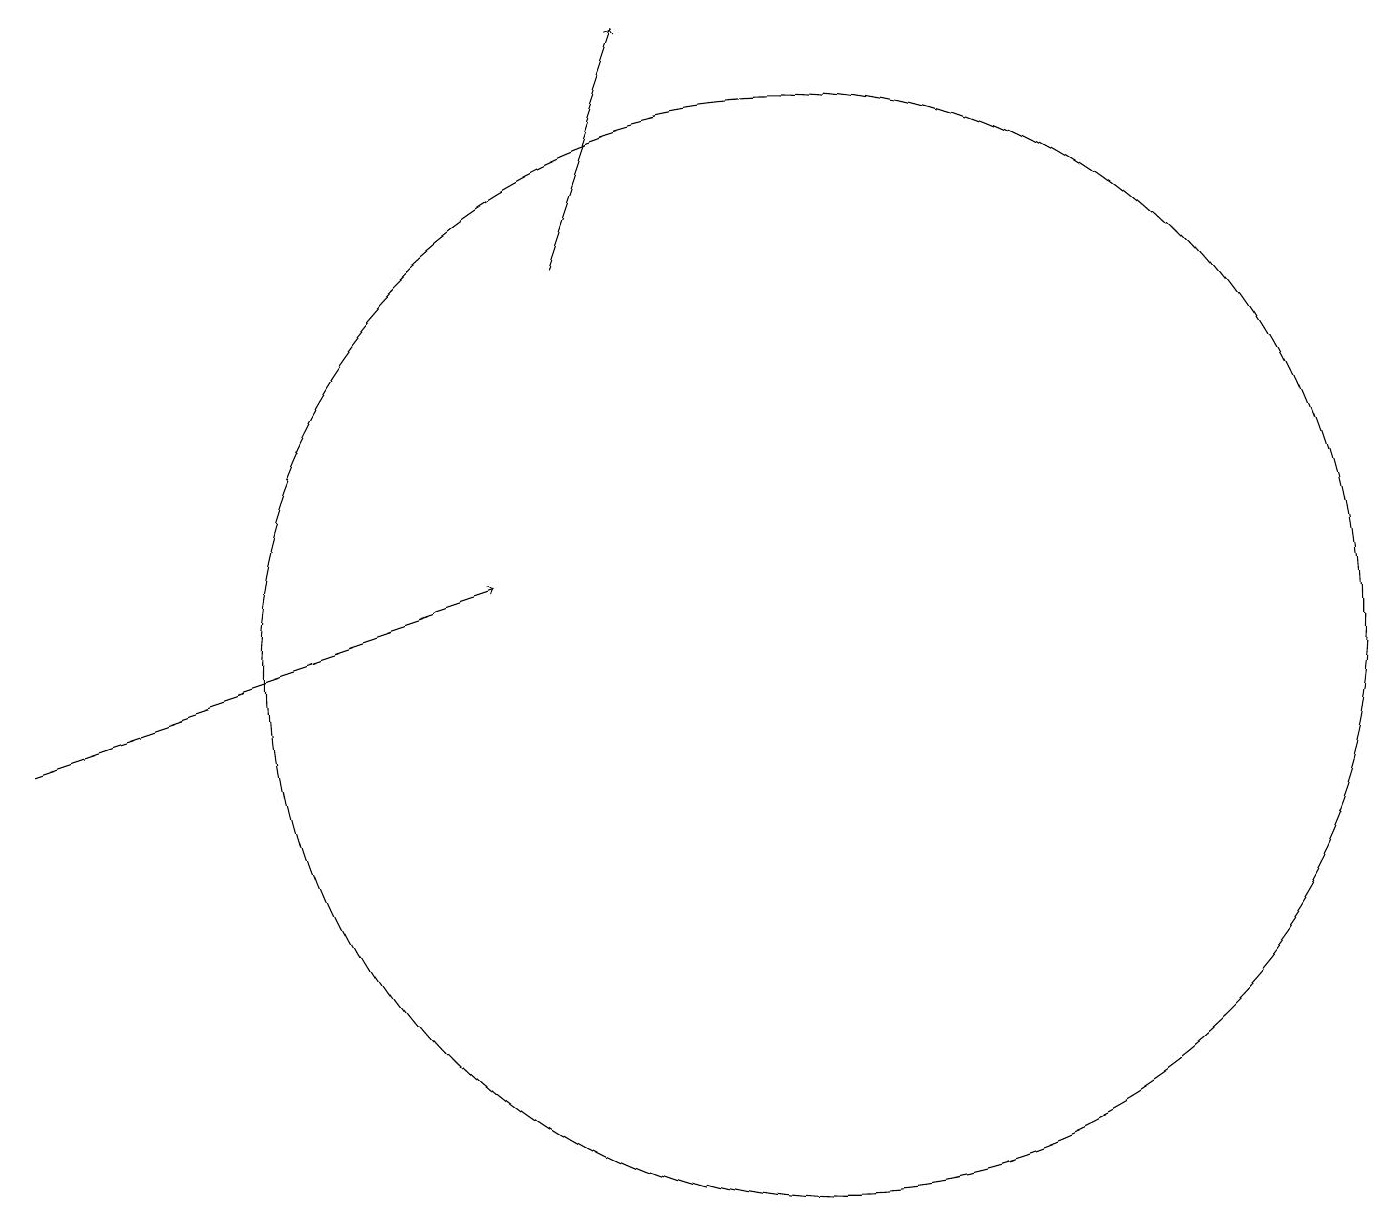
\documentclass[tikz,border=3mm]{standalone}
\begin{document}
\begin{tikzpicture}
\draw[->] (0,10) -- (6,12);
\draw (10,11) circle (7);
\draw[->] (7,16) -- (8,19);
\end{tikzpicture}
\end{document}